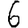
Digit: 6